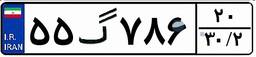
۵۵گ۷۸۶۲۰